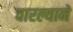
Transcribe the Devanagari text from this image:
वारल्याने